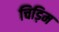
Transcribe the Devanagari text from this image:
चिड़िम